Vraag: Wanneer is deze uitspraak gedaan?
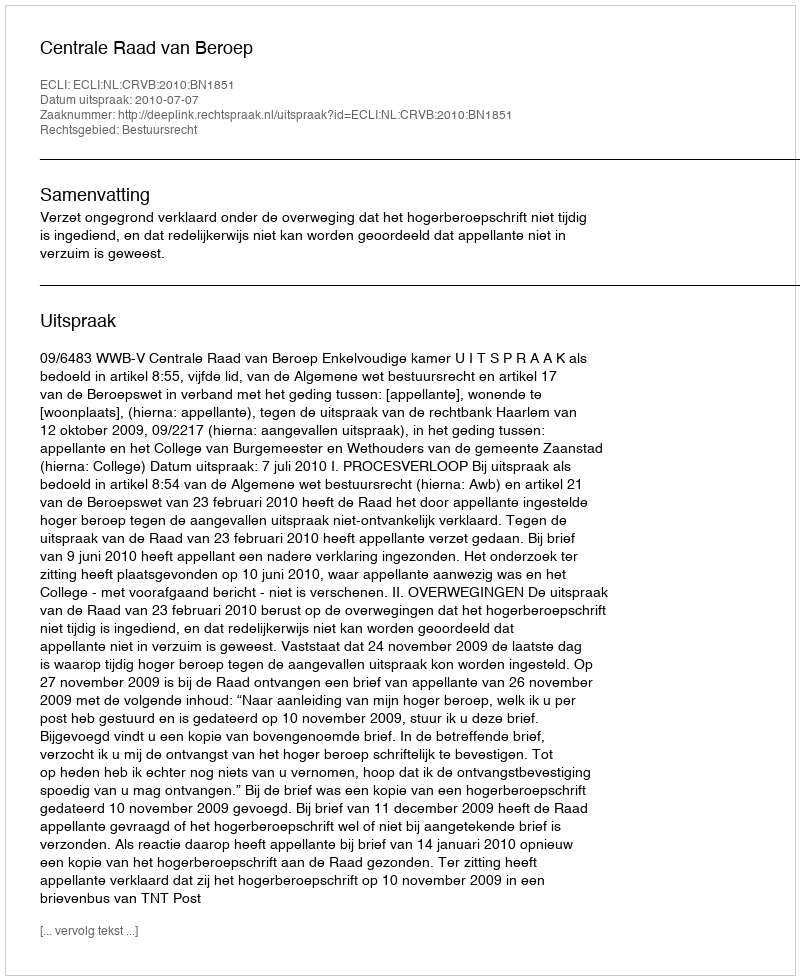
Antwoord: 2010-07-07